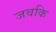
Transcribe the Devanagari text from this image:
जवकि